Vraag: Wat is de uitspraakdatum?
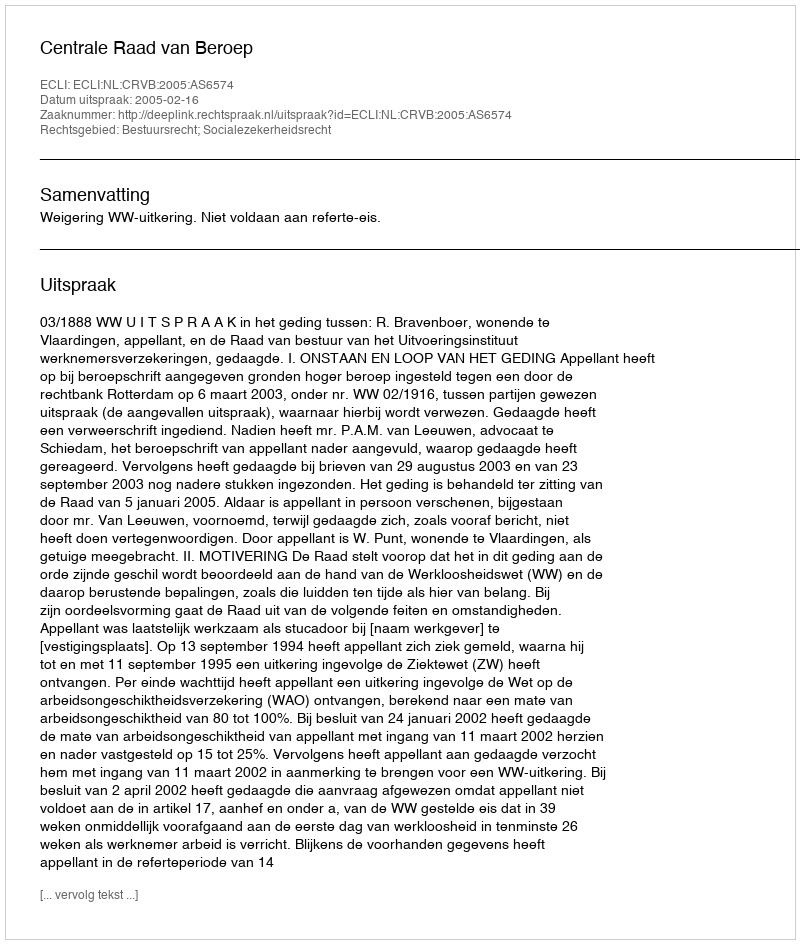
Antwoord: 2005-02-16